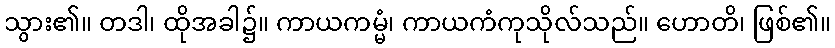
သွား၏။ တဒါ၊ ထိုအခါ၌။ ကာယကမ္မံ၊ ကာယကံကုသိုလ်သည်။ ဟောတိ၊ ဖြစ်၏။